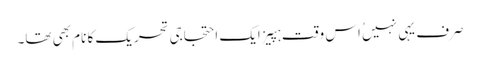
صرف یہی نہیں ُاس وقت ہپیز ایک احتجاجی تحریک کا نام بھی تھا۔